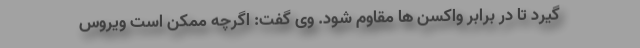
گیرد تا در برابر واکسن ها مقاوم شود. وی گفت: اگرچه ممکن است ویروس